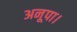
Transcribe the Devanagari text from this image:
अनूपा।